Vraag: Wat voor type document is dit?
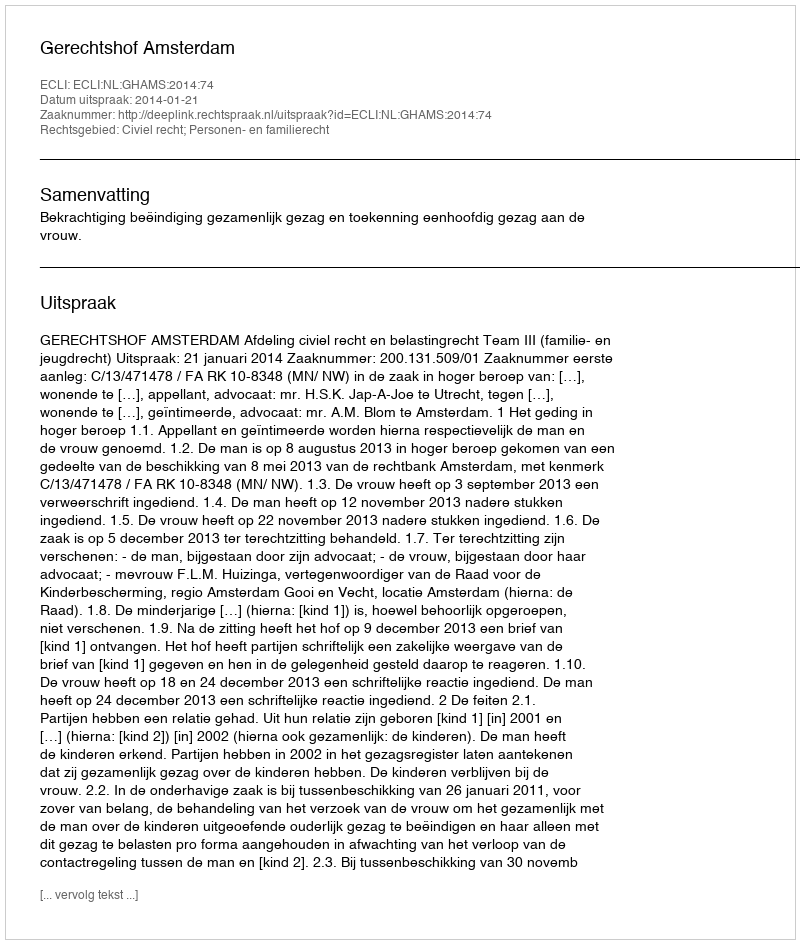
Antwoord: Uitspraak